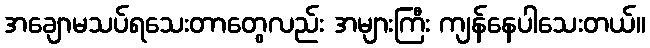
အချောမသပ်ရသေးတာတွေလည်း အများကြီး ကျန်နေပါသေးတယ်။